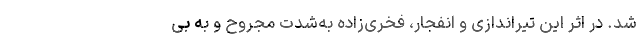
شد. در اثر این تیراندازی و انفجار، فخری‌زاده به‌شدت مجروح و به بی